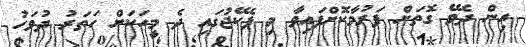
އިން ދެވޭ ގޮތަށް ފަރުމާކޮށްފައިވާ މި ޕެކޭޖުގައި ދެ މީހަކަށް ހަތަރު ދުވަހު